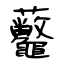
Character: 虌